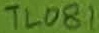
Text: TL081